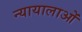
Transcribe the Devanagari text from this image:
न्यायालाओं